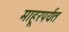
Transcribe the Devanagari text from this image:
माहूरपर्यंत